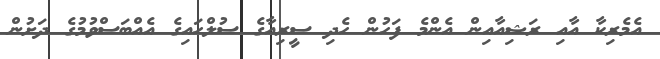
އެމެރިކާ އާއި ރަޝިއާއިން އެންމެ ފަހުން ހެދި ސީރިއާގެ ސުލްހައިގެ އެއްބަސްވުމުގެ ދަށުން